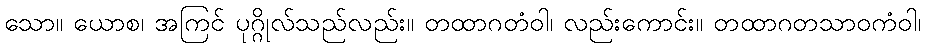
သော။ ယောစ၊ အကြင် ပုဂ္ဂိုလ်သည်လည်း။ တထာဂတံဝါ၊ လည်းကောင်း။ တထာဂတသာဝကံဝါ၊